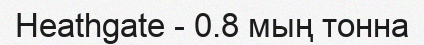
Heathgate - 0.8 мың тонна